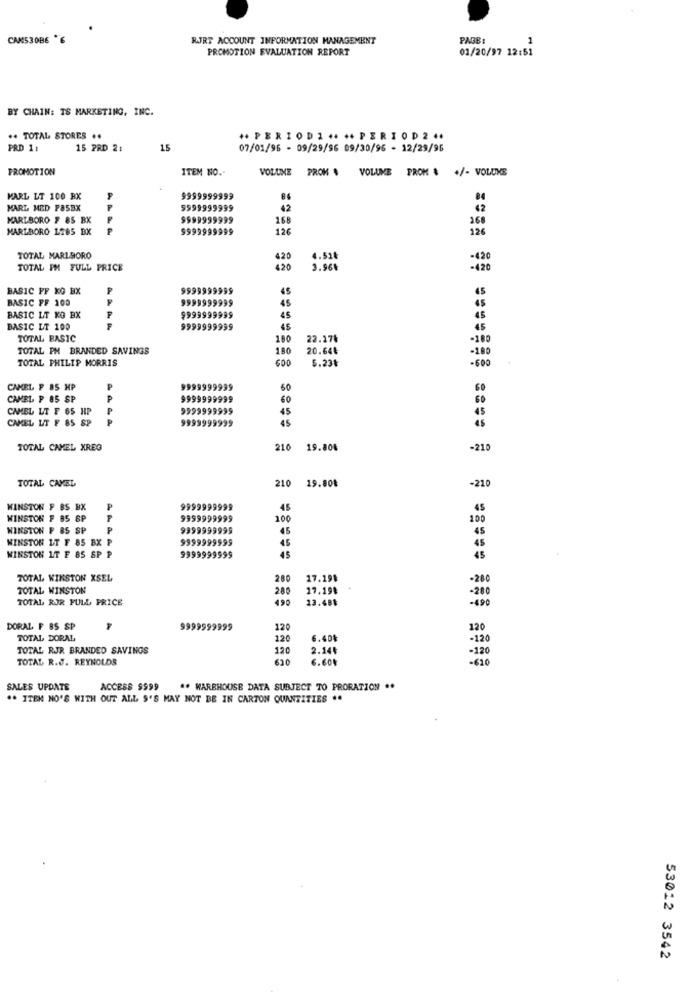
CAM530BE 6
RJRT ACCOUNT INFORMATION MANAGEMENT
PAGE:
PROMOTION EVALUATION REPORT
01/20/97 12:51
BY CHAIN: TS MARKETING, INC.
++ TOTAL STORES ..
+ PERIODI **** PERIOD2++
PRD 1:
15 PRD 2:
15
07/01/96 - 09/29/96 09/30/96 - 12/29/96
PROMOTION
ITEM NO."
VOLUME PROK $ VOLUME PROM & +/- VOLUME
MARL LT 100 BX
9999999999
84
MARL MED PASBX
P
5999999999
42
42
MARLBORO F 85 BK
$999999999
168
268
MARLBORO 1785 BX
$999999999
126
126
TOTAL MARLBORO
420
4.52
-420
TOTAL PM FULL PRICE
420
3.964
-420
BASIC FF KG BX
P
9999999999
45
45
BASIC FF 100
9999999999
45
BASIC LT KO BX
F
9999999999
45
45
BASIC LT 100
9999999999
45
45
TOTAL BASIC
180
22.27%
-180
TOTAL PM BRANDED SAVINGS
180
20.64€
-100
TOTAL PHILIP MORRIS
600
5.23៛
-600
CAMEL F 85 HP
P
9999999999
60
60
CAMEL P &S SP
P
9999999999
60
60
CAMEL LT F 65 HP
9999999999
45
CAKEL UT F 85 SP
P
9999999999
45
TOTAL CAMEL XREG
210
19.806
-210
TOTAL CAMEL
210
19.808
-210
WINSTON F BS BX
P
9999999999
45
45
WINSTON F 85 SP
F
9999999999
200
100
WINSTON F 85 SP
P
9999999999
45
45
WINSTON LT F 85 BX P
9999999999
45
WINSTON LT F 85 SP P
9999999999
45
45
TOTAL KINSTON XSEL
280
17.19$
-280
TOTAL WINSTON
280
17.19%
-28
TOTAL ROR FULL PRICE
490
13.48₺
-19
DORAL F BS SP
9999999999
120
120
TOTAL DORAL
120
6.40$
-120
TOTAL RJR BRANDED SAVINGS
120
2.144
-120
TOTAL R.J. REYNOLDS
620
6.601
-620
SALES UPDATE
ACCESS $999
#* WAREHOUSE DATA SUBJECT TO PRORATION **
.. ITEM NO'S WITH OUT ALL $'S MAY NOT BE IN CARTON QUANTITIES ..
53012 3542